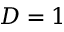
D = 1